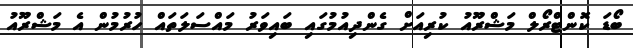
ބޯޑަ ކޮންޓްރޯލް މަޝްރޫއު ކުރިއަށް ގެންދިއުމުގައި ބައިވަރު މައްސަލަތައް ހުރުމުން އެ މަޝްރޫއު